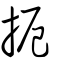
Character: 扼